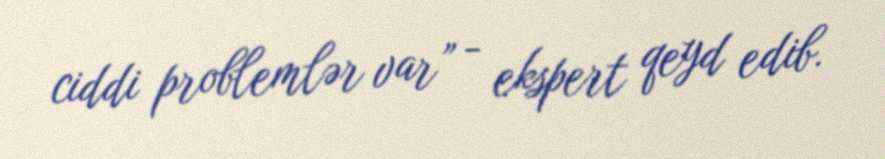
ciddi problemlər var” - ekspert qeyd edib.